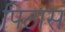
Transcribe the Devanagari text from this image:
पिठास